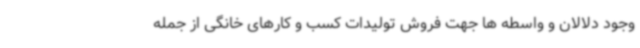
وجود دلالان و واسطه ها جهت فروش تولیدات کسب و کارهای خانگی از جمله